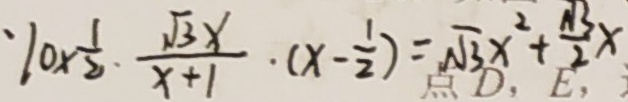
1 0 \times \frac { 1 } { 2 } \cdot \frac { \sqrt { 3 } x } { x + 1 } \cdot ( x - \frac { 1 } { 2 } ) = \sqrt { 3 } x ^ { 2 } + \frac { \sqrt { 3 } } { 2 } x